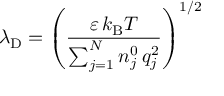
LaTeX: \lambda _ { \mathrm { { D } } } = \left( { \frac { \varepsilon \, k _ { \mathrm { { B } } } T } { \sum _ { j = 1 } ^ { N } n _ { j } ^ { 0 } \, q _ { j } ^ { 2 } } } \right) ^ { 1 / 2 }